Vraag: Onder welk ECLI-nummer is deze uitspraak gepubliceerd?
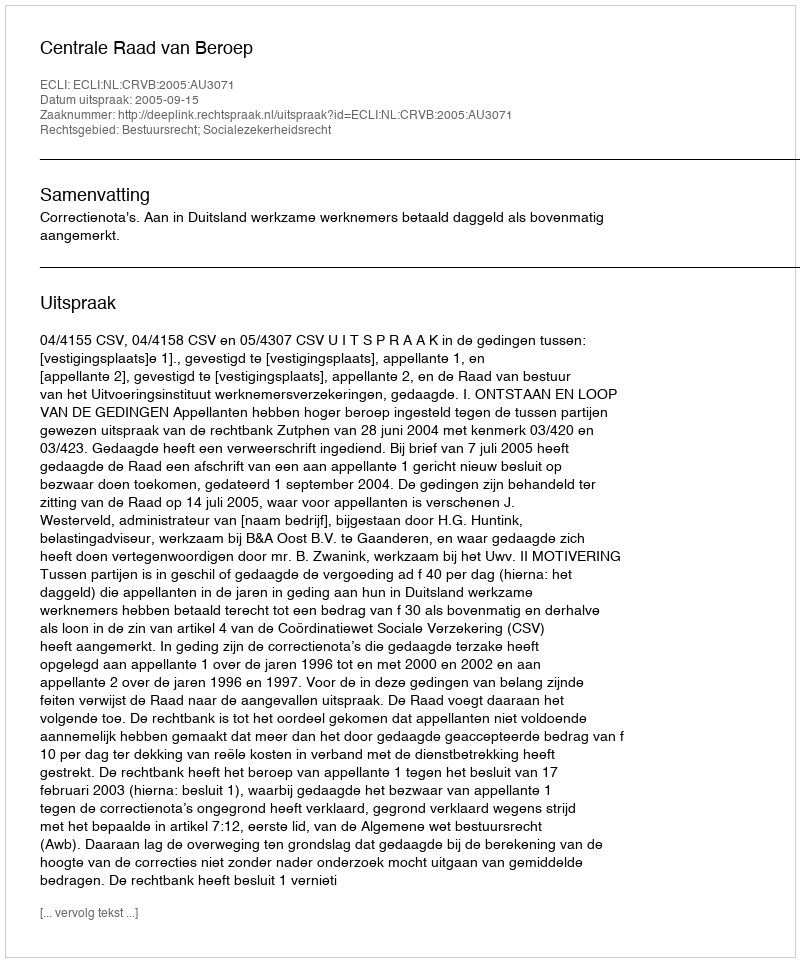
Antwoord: ECLI:NL:CRVB:2005:AU3071